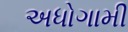
અધોગામી